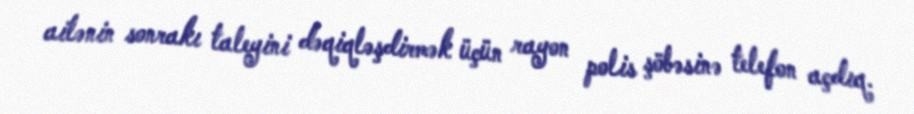
ailənin sonrakı taleyini dəqiqləşdirmək üçün rayon polis şöbəsinə telefon açdıq.